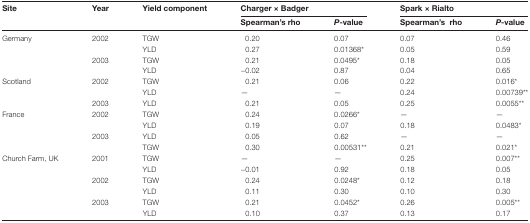
| <ROWSPAN=2> Site | <ROWSPAN=2> Year | <ROWSPAN=2> Yield component | <COLSPAN=2> Charger × Badger | <COLSPAN=2> Spark × Rialto |
 | Spearman’s rho | P-value | Spearman’srho | P-value |
 | --- | --- | --- | --- | --- | --- | --- |
 | Germany | 2002 | TGW | 0.20 | 0.07 | 0.07 | 0.46 |
 |  |  | YLD | 0.27 | 0.01368* | 0.05 | 0.59 |
 |  | 2003 | TGW | 0.21 | 0.0495* | 0.18 | 0.05 |
 |  |  | YLD | −0.02 | 0.87 | 0.04 | 0.65 |
 | Scotland | 2002 | TGW | 0.21 | 0.06 | 0.22 | 0.016* |
 |  |  | YLD | — | — | 0.24 | 0.00739** |
 |  | 2003 | YLD | 0.21 | 0.05 | 0.25 | 0.0055** |
 | France | 2002 | TGW | 0.24 | 0.0266* | — | — |
 |  |  | YLD | 0.19 | 0.07 | 0.18 | 0.0483* |
 |  | 2003 | YLD | 0.05 | 0.62 | — | — |
 |  |  | TGW | 0.30 | 0.00531** | 0.21 | 0.021* |
 | Church Farm, UK | 2001 | TGW | — | — | 0.25 | 0.007** |
 |  |  | YLD | −0.01 | 0.92 | 0.18 | 0.05 |
 |  | 2002 | TGW | 0.24 | 0.0248* | 0.12 | 0.18 |
 |  |  | YLD | 0.11 | 0.30 | 0.10 | 0.30 |
 |  | 2003 | TGW | 0.21 | 0.0452* | 0.26 | 0.005** |
 |  |  | YLD | 0.10 | 0.37 | 0.13 | 0.17 |